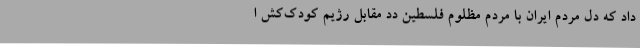
داد که دل مردم ایران با مردم مظلوم فلسطین دد مقابل رژیم کودک‌کش ا